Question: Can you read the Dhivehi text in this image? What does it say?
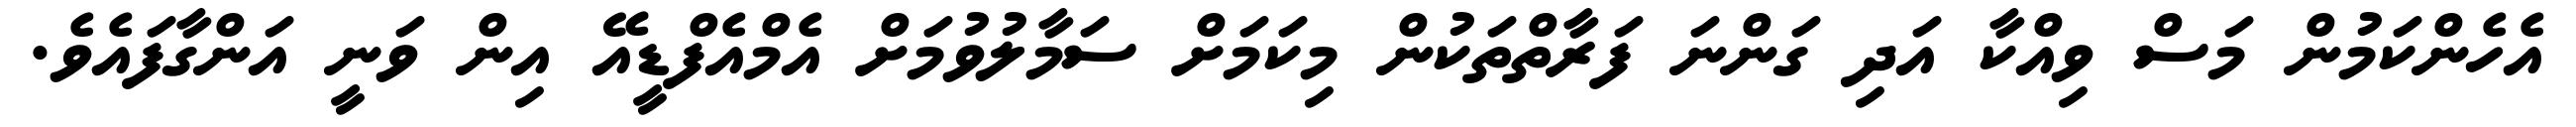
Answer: އެހެންކަމުން މަސް ވިއްކާ އަދި ގަންނަ ފަރާތްތަކުން މިކަމަށް ސަމާލުވުމަށް އެމްއެފްޑީއޭ އިން ވަނީ އަންގާފައެވެ.